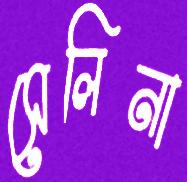
সেলিনা